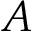
A